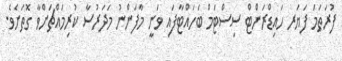
ފުރަތަމަ ފަޔަރ ހައިޑްރަންޓް ސިސްޓަމް ބަހައްޓާފައި ވަނީ މާފަންނު މަދަރުސާ ކުރިމައްޗަށްވާ ގޮތަށެވެ.